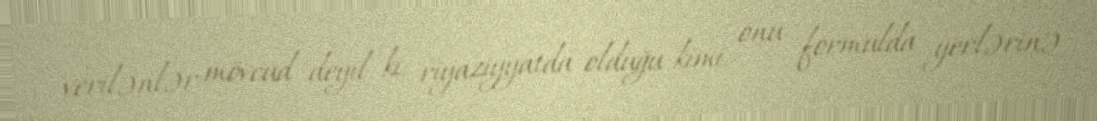
verilənlər mövcud deyil ki, riyaziyyatda olduğu kimi onu formulda yerlərinə